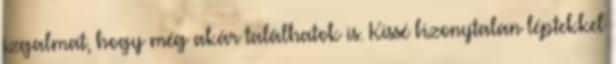
izgalmat, hogy még akár találhatok is. Kissé bizonytalan léptekkel